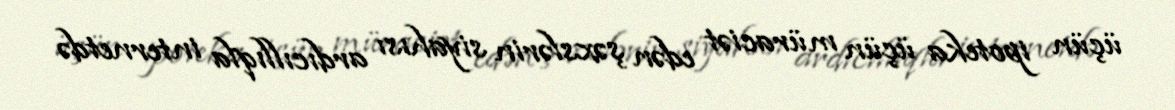
üçün ipoteka üçün müraciət edən şəxslərin siyahısı ardıcıllıqla internetdə